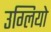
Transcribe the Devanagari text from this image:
उग्लियो